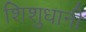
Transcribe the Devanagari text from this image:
शिशुधानी